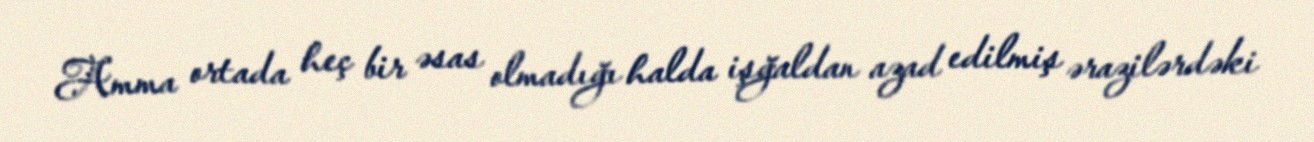
Amma ortada heç bir əsas olmadığı halda işğaldan azad edilmiş ərazilərdəki